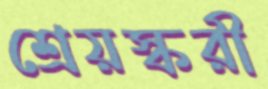
শ্রেয়স্করী